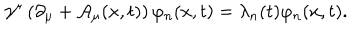
LaTeX: \gamma ^ { \mu } \left( \partial _ { \mu } + { \cal A } _ { \mu } ( x , t ) \right) \varphi _ { n } ( x , t ) = \lambda _ { n } ( t ) \varphi _ { n } ( x , t ) .